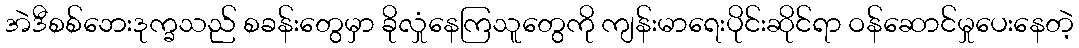
အဲဒီစစ်ဘေးဒုက္ခသည် စခန်းတွေမှာ ခိုလှုံနေကြသူတွေကို ကျန်းမာရေးပိုင်းဆိုင်ရာ ဝန်ဆောင်မှုပေးနေတဲ့